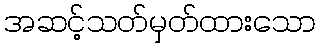
အဆင့်သတ်မှတ်ထားသော